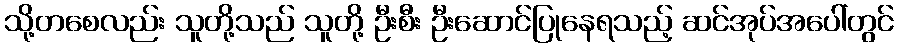
သို့တစေလည်း သူတို့သည် သူတို့ ဦးစီး ဦးဆောင်ပြုနေရသည့် ဆင်အုပ်အပေါ်တွင်